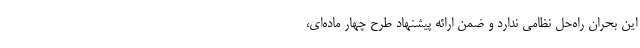
این بحران راه‌حل نظامی ندارد و ضمن ارائه پیشنهاد طرح چهار ماده‌ای،